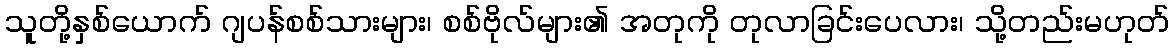
သူတို့နှစ်ယောက် ဂျပန်စစ်သားများ၊ စစ်ဗိုလ်များ၏ အတုကို တုလာခြင်းပေလား၊ သို့တည်းမဟုတ်